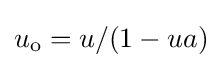
u_{\mathrm {o} }=u/(1-ua)